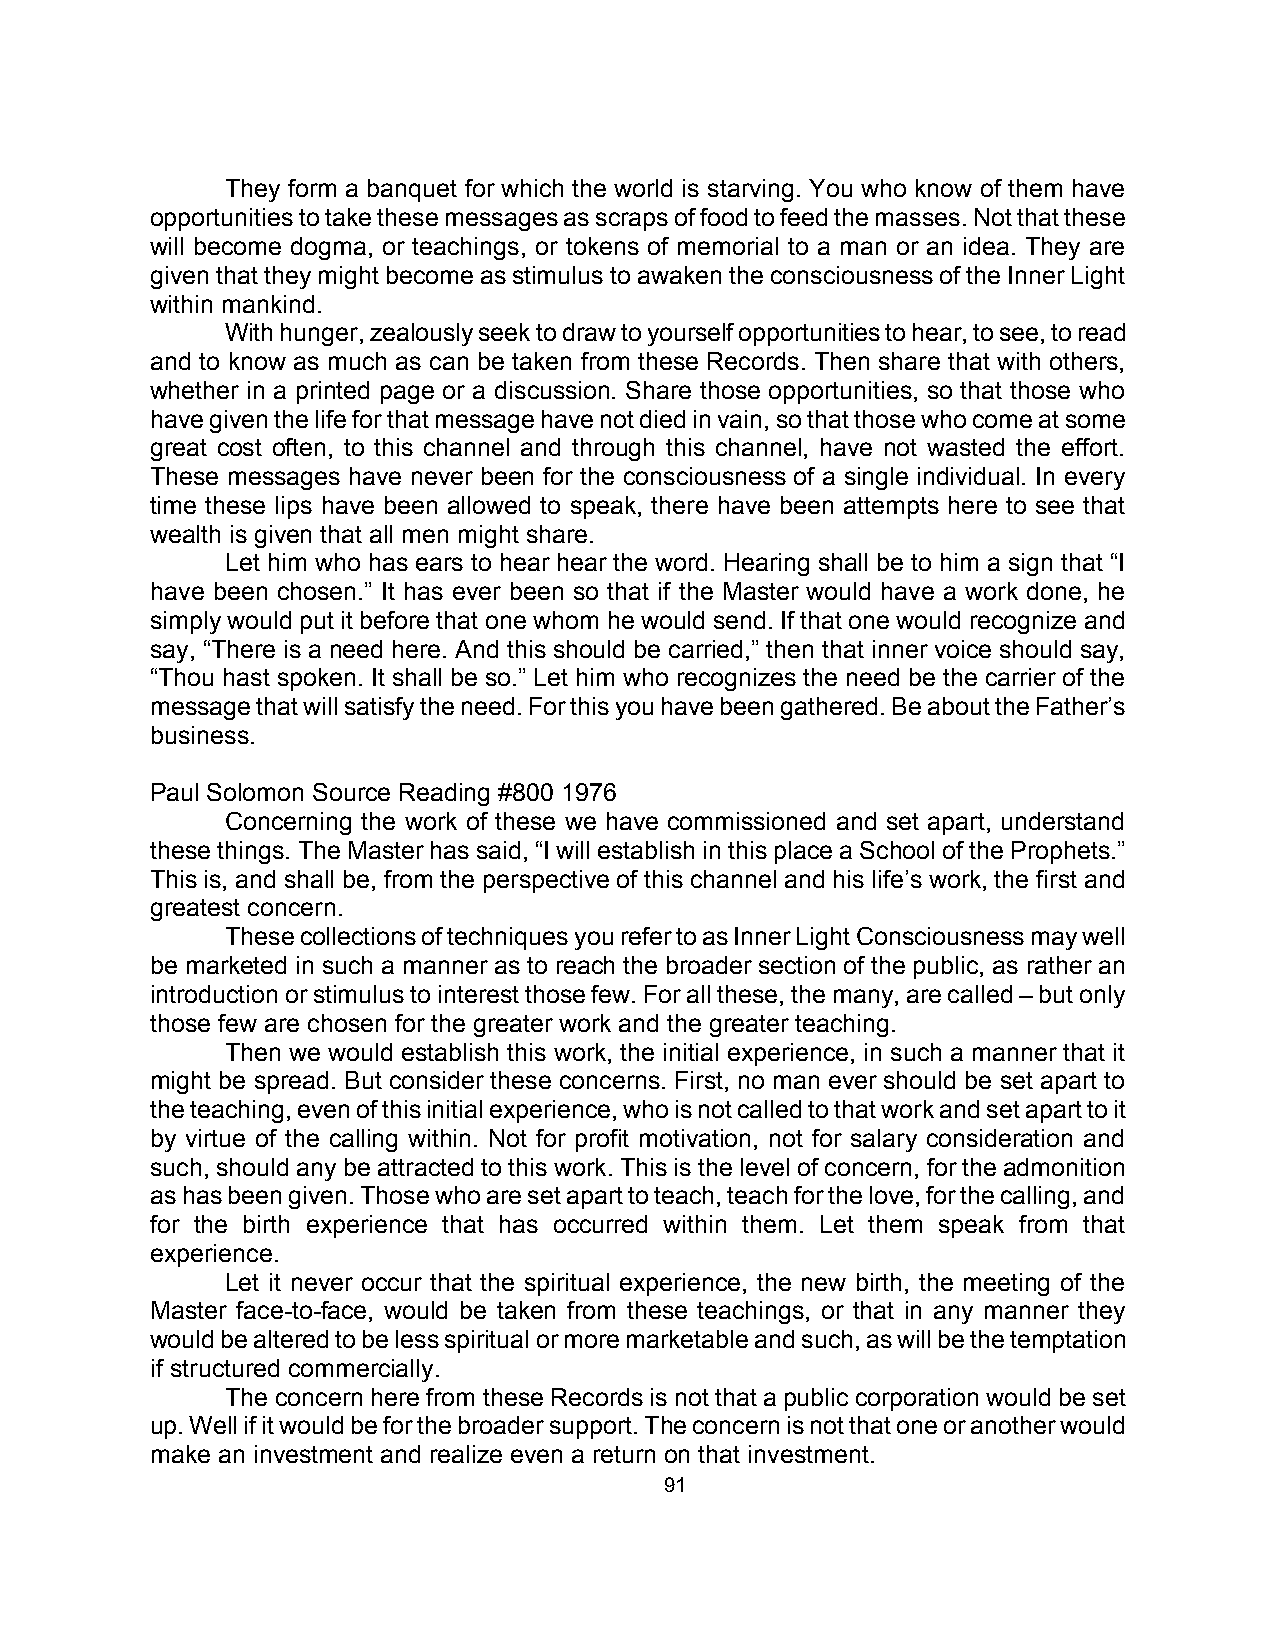
They form a banquet for which the world is starving. You who know of them have
 opportunities to take these messages as scraps of food to feed the masses. Not that these
 will become dogma, or teachings, or tokens of memorial to a man or an idea. They are
 given that they might become as stimulus to awaken the consciousness of the Inner Light
 within mankind.
 With hunger, zealously seek to draw to yourself opportunities to hear, to see, to read
 and to know as much as can be taken from these Records. Then share that with others,
 whether in a printed page or a discussion. Share those opportunities, so that those who
 have given the life for that message have not died in vain, so that those who come at some
 great cost often, to this channel and through this channel, have not wasted the effort.
 These messages have never been for the consciousness of a single individual. In every
 time these lips have been allowed to speak, there have been attempts here to see that
 wealth is given that all men might share.
 Let him who has ears to hear hear the word. Hearing shall be to him a sign that “I
 have been chosen.” It has ever been so that if the Master would have a work done, he
 simply would put it before that one whom he would send. If that one would recognize and
 say, “There is a need here. And this should be carried,” then that inner voice should say,
 “Thou hast spoken. It shall be so.” Let him who recognizes the need be the carrier of the
 message that will satisfy the need. For this you have been gathered. Be about the Father’s
 business.
 Paul Solomon Source Reading #800 1976
 Concerning the work of these we have commissioned and set apart, understand
 these things. The Master has said, “I will establish in this place a School of the Prophets.”
 This is, and shall be, from the perspective of this channel and his life’s work, the first and
 greatest concern.
 These collections of techniques you refer to as Inner Light Consciousness may well
 be marketed in such a manner as to reach the broader section of the public, as rather an
 introduction or stimulus to interest those few. For all these, the many, are called – but only
 those few are chosen for the greater work and the greater teaching.
 Then we would establish this work, the initial experience, in such a manner that it
 might be spread. But consider these concerns. First, no man ever should be set apart to
 the teaching, even of this initial experience, who is not called to that work and set apart to it
 by virtue of the calling within. Not for profit motivation, not for salary consideration and
 such, should any be attracted to this work. This is the level of concern, for the admonition
 as has been given. Those who are set apart to teach, teach for the love, for the calling, and
 for the birth experience that has occurred within them. Let them speak from that
 experience.
 Let it never occur that the spiritual experience, the new birth, the meeting of the
 Master face-to-face, would be taken from these teachings, or that in any manner they
 would be altered to be less spiritual or more marketable and such, as will be the temptation
 if structured commercially.
 The concern here from these Records is not that a public corporation would be set
 up. Well if it would be for the broader support. The concern is not that one or another would
 make an investment and realize even a return on that investment.
 91